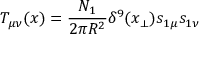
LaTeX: T _ { \mu \nu } ( x ) = { \frac { N _ { 1 } } { 2 \pi R ^ { 2 } } } \delta ^ { 9 } ( x _ { \perp } ) s _ { 1 \mu } s _ { 1 \nu }